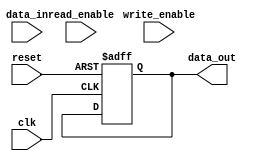
module almost_empty_fifo_timing_control(
    input wire clk,
    input wire reset,
    input wire read_enable,
    input wire write_enable,
    input wire data_in,
    output reg data_out
);

    always @(posedge clk or posedge reset) begin
        if (reset) begin
            data_out <= 0;
        end else begin
            if (read_enable) begin
                // read data from FIFO buffer
            end else if (write_enable) begin
                // write data to FIFO buffer
            end
        end
    end

endmodule